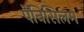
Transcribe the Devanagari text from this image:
पेनिसिलम